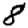
Digit: 8